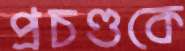
প্রচণ্ডকে